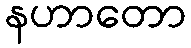
နဟာတော